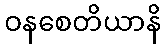
ဝနစေတိယာနိ